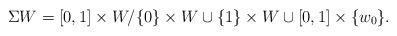
LaTeX: \begin{align*} \Sigma W = [0,1] \times W / \{ 0 \} \times W \cup \{ 1 \} \times W \cup [0, 1] \times \{ w_0 \}.\end{align*}